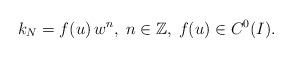
LaTeX: \begin{align*}k_{N}=f(u)\,w^{n},\;n\in\mathbb{Z},\;f(u)\in C^{0}(I). \end{align*}